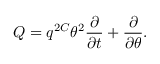
Q = q ^ { 2 C } \theta ^ { 2 } \frac { \partial } { \partial t } + \frac { \partial } { \partial \theta } .